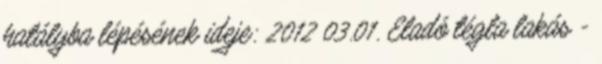
hatályba lépésének ideje: 2012 03.01. Eladó tégla lakás -